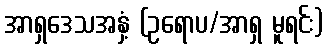
အာရှဒေသအနှံ့ (ဥရောပ/အာရှ မူရင်း)